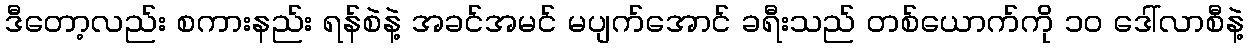
ဒီတော့လည်း စကားနည်း ရန်စဲနဲ့ အခင်အမင် မပျက်အောင် ခရီးသည် တစ်ယောက်ကို ၁၀ ဒေါ်လာစီနဲ့